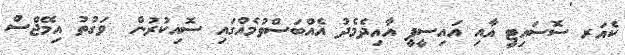
ކެއަރ ސޮސައިޓީ އާއި އައިސީޕީ އާއިދެމެދު އެއްބަސްވުމެއްގައި ސޮއިކުރުން  ވަގުތު އިމޭޖްސް